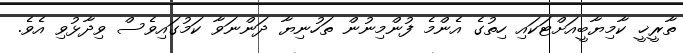
ތާރީޚީ ކާމިޔާބީއަށްޓަކައި ހިތުގެ އެންމެ ފުންމިނުން ތަހުނިޔާ ދަންނަވާ ކަމުގައިވެސް ވިދާޅުވި އެވެ.